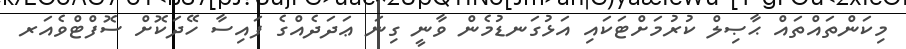
މިކަންތައްތައް ޙާޞިލް ކުރުމަށްޓަކައި އަޅުގަނޑުމެން ވާނީ ގިނަ ޢަދަދެއްގެ ފައިސާ ހޭދަކޮށް ސޮފްޓްވެއަރ